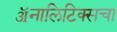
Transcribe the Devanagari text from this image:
ॲनालिटिक्सचा